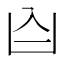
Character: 𪞶